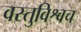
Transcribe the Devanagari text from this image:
वस्तुविश्वच